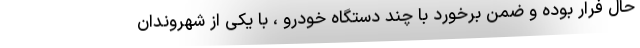
حال فرار بوده و ضمن برخورد با چند دستگاه خودرو ، با یکی از شهروندان